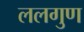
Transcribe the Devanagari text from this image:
ललगुण